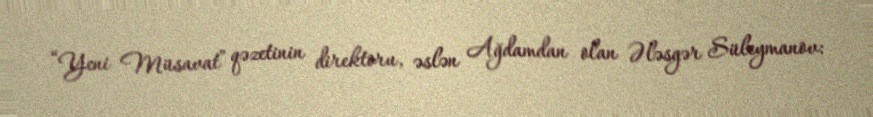
“Yeni Müsavat” qəzetinin direktoru, əslən Ağdamdan olan Ələsgər Süleymanov: